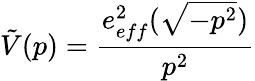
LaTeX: \tilde{V}(p)=\frac{e_{eff}^{2}(\sqrt{-p^{2}})}{p^{2}}